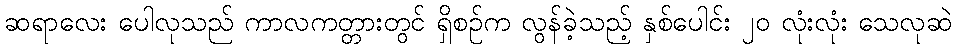
ဆရာလေး ပေါလုသည် ကာလကတ္တားတွင် ရှိစဉ်က လွန်ခဲ့သည့် နှစ်ပေါင်း ၂၀ လုံးလုံး သေလုဆဲ